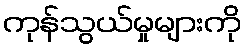
ကုန်သွယ်မှုများကို